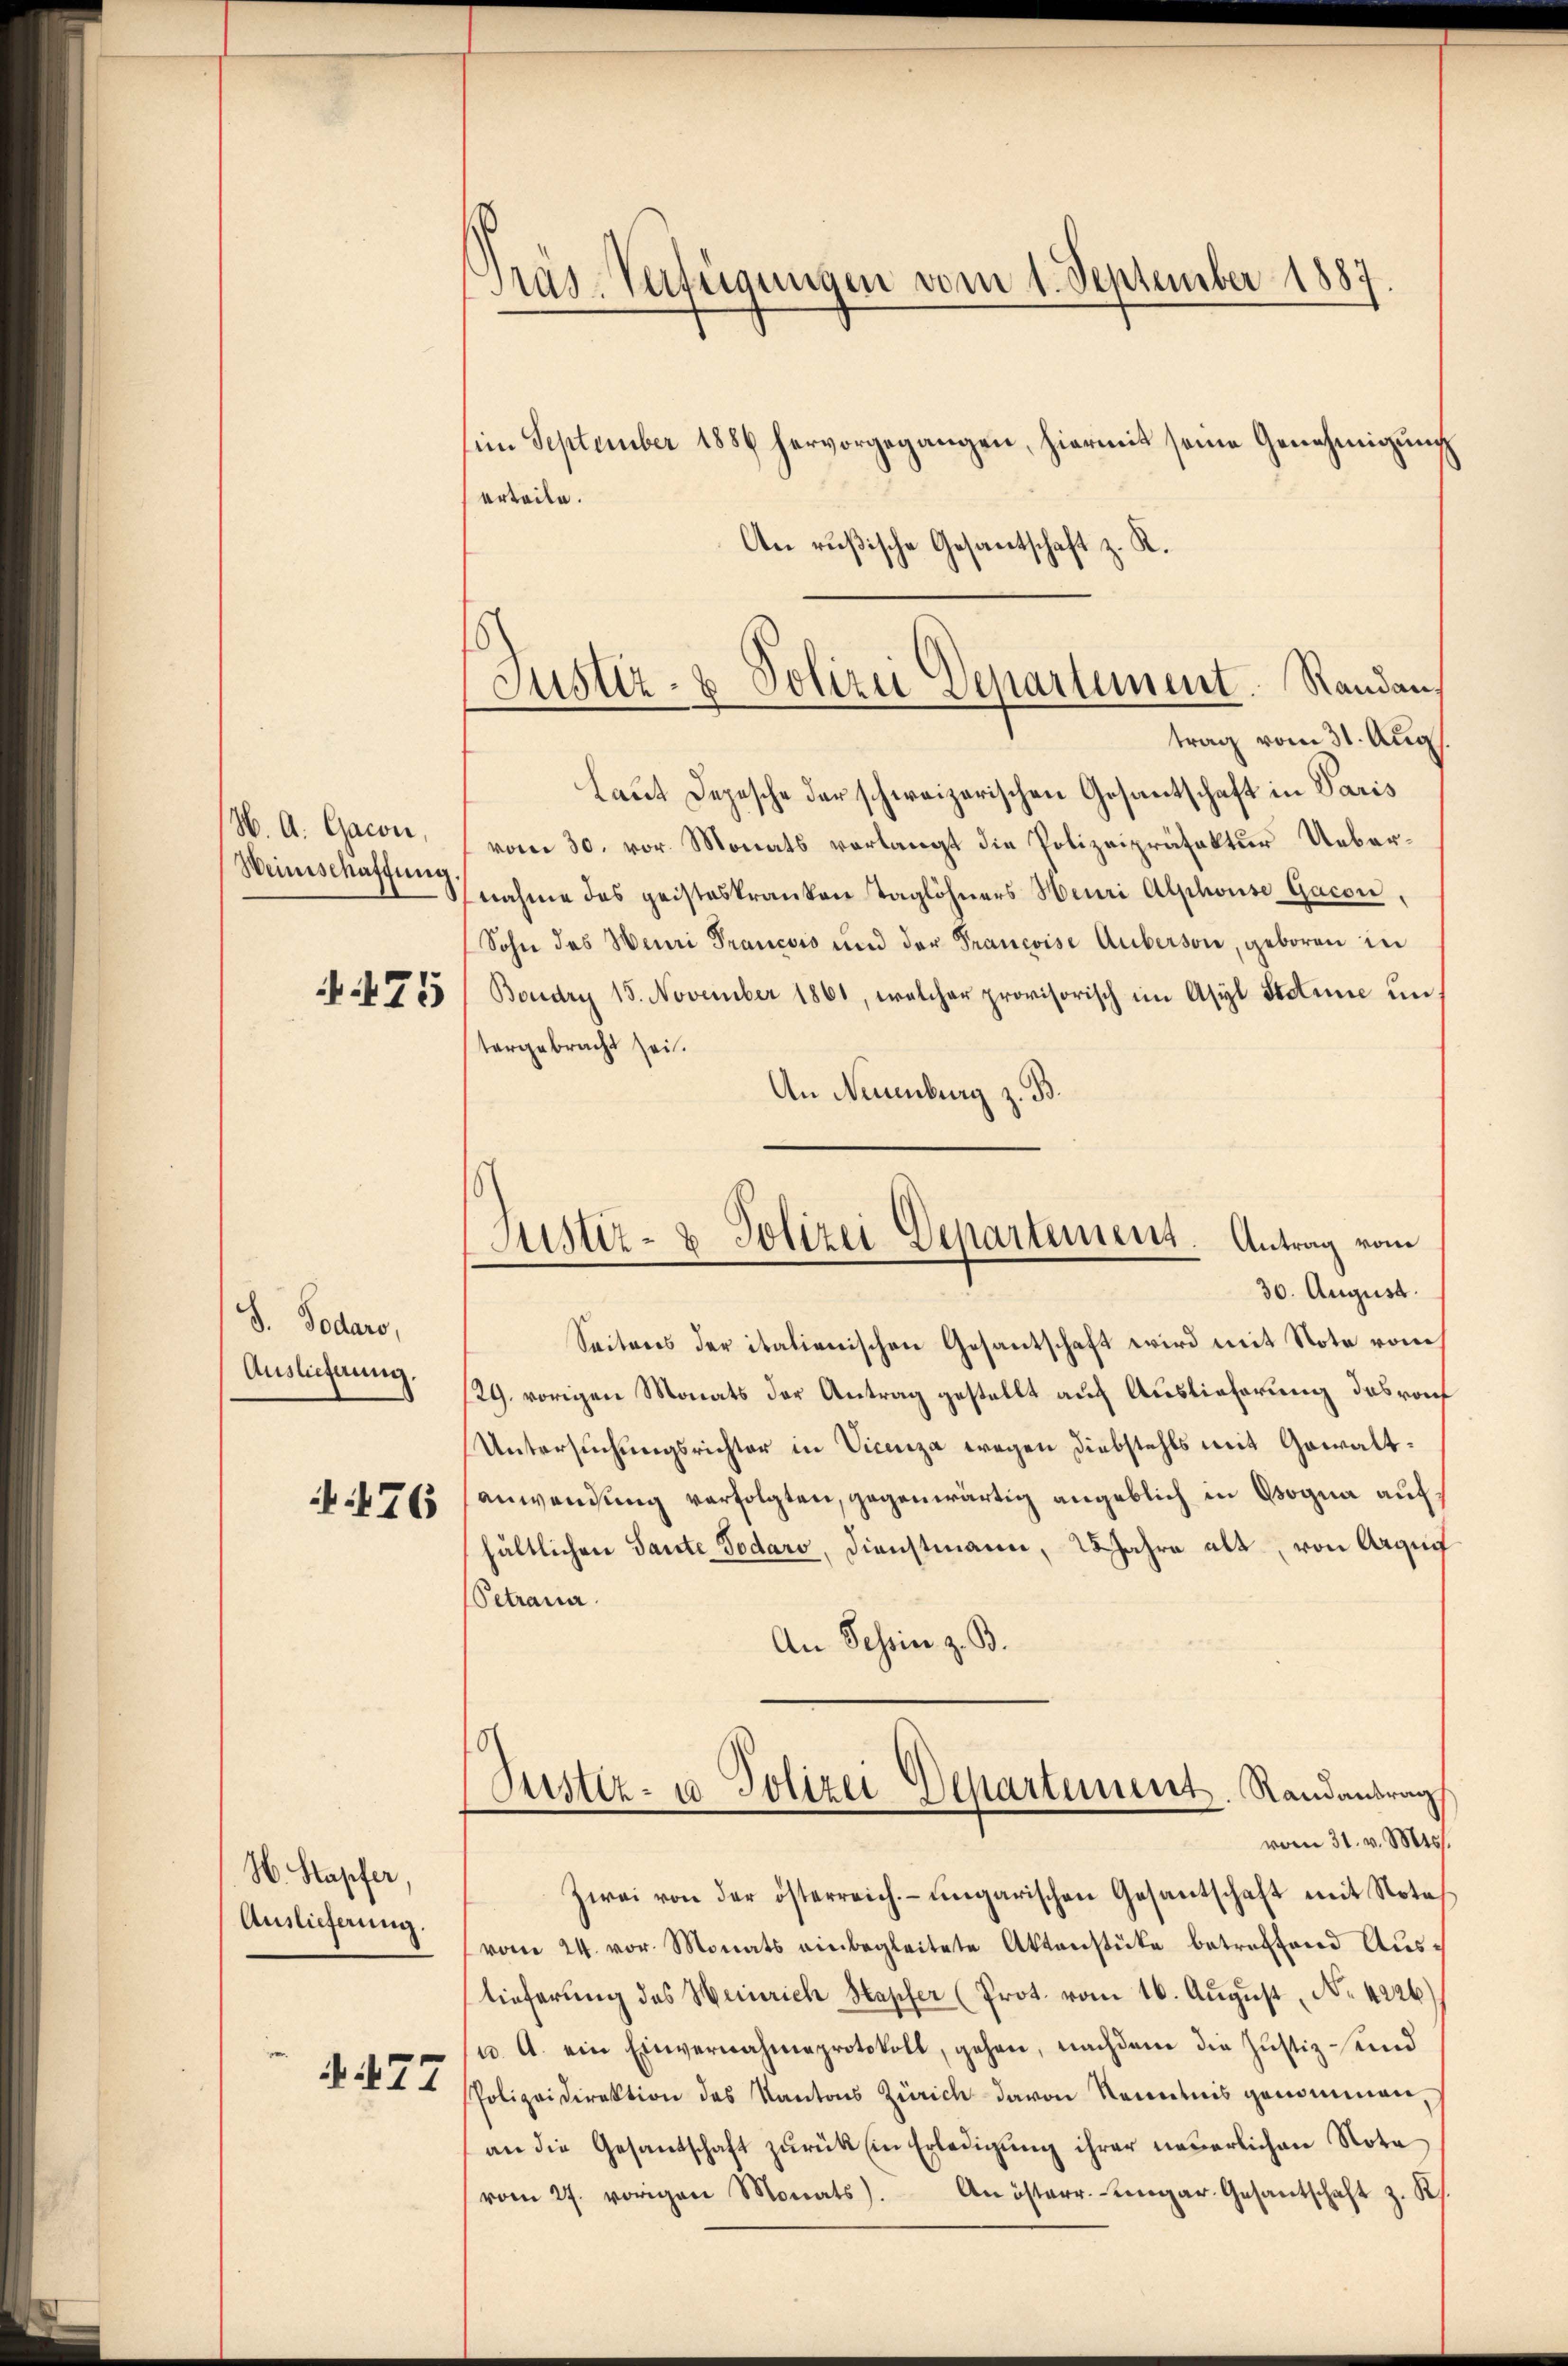
H. A. Gacon,
Weinschaffung

75

8. Todare,
Auslieferung.

476

H. Stapfer
Auslieferung.

77

Präs. Verfügungen vom 1. September 1887.

(im September 1886 hervorgegangen, hiermit seine Genehmigung
erteile.
An rußische Gesantschaft z. K.
Laut Depesche der schweizerischen Gesantschaft in Paris
vom 30. vor. Monats verlangt die Polizeipräfektur Uebernahme das geisteskranken Taglöhners Heuri Alphouse Gacon
Sohn des Henri Trancois und der Francoise Auberson, geboren in
Boudry 15. November 1861, welcher provisorisch im Asyl Steine untergebracht sei.
An Neuenburg z. B.

Justiz- & Polizei Departement. Randau,
trag vom 31. Aug

Justiz- & Polizei Departement. Antrag vom
30. August.

Seiteres der italienischen Gesantschaft wird mit Note vom
29. vorigen Monats der Antrag gestellt auf Auslieferung das rout
Untersuchungsrichter in Vicenza wegen Diebstahls mit Gewaltanwendung verfolgten, gegenwärtig angeblich in Bogna aufhältlichen Tante Todaro, Dienstmann, 28 Jahre alt, von Arguif
Petraue
An Schein z. B.
Justiz- & Polizei Departement. Randantrag
vom 31. v. Mts.
Zwei von der österreich. ungarischen Gesantschaft mit Nota
vom 24. vor. Monats einbegleitete Aktenstüke betreffend Auslieferung des Heinrich Hapfer (Prot. vom 16. August, No. 4226)
u. A. ein Einvernahmeprotokoll, gehen, nachdem die Justiz send
Polizeidirektion des Kantons Zürich davon Kenntnis genommen
an die Gesandschaft zŭrück in Erledigŭng ihrer neuerlichen Nota
vom 27. vorigen Monats). An österr. Beigar. Gesantschaft z. K.